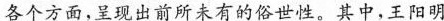
各个方面，呈现出前所未有的俗世性。其中，王阳明